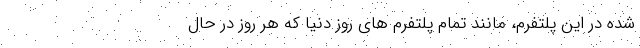
شده در این پلتفرم، مانند تمام پلتفرم های روز دنیا که هر روز در حال